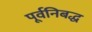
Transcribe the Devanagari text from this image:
पूर्वनिबद्ध